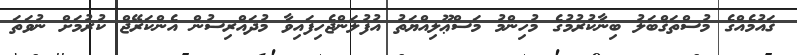
ޤައުމެއްގެ މުސްތަޤްބަލު ބިނާކުރުމުގެ މުހިންމު މަސްޢޫލިއްޔަތު އުފުލަންޖެހިފައިވާ މުދައްރިސުން އެންކަރޭޖް ކުރުމަށް ނުވަތަ